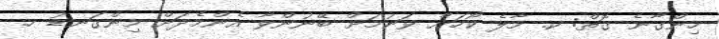
ހިންގާނެ ގޮތް: ކ. މާލެ ކޯހަށް ވަނުމަށް ބޭނުންވާ އެންމެދަށް މިންގަނޑު ހ.